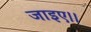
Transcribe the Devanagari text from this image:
जाइए।।